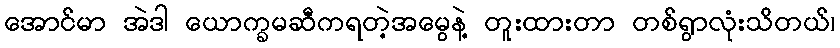
အောင်မာ အဲဒါ ယောက္ခမဆီကရတဲ့အမွေနဲ့ တူးထားတာ တစ်ရွာလုံးသိတယ်၊